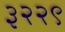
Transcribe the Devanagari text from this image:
३२२९